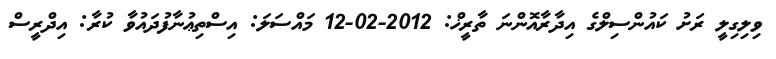
ވިލިގިލީ ރަށު ކައުންސިލްގެ އިދާރާއޮންނަ ތާރީޚް: 2012-02-12 މައްސަލަ: އިސްތިޢުނާފުދައުވާ ކުރާ: އިދްރީސް